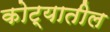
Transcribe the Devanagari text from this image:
कोट्यातील